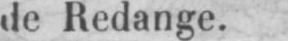
de Redange.